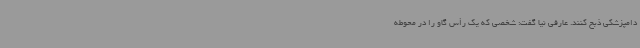
دامپزشکی ذبح کنند. عارفی نیا گفت: شخصی که یک رأس گاو را در محوطه